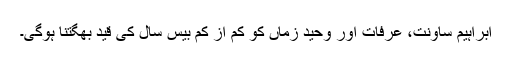
ابراہیم ساونت، عرفات اور وحید زماں کو کم از کم بیس سال کی قید بھگتنا ہوگی۔